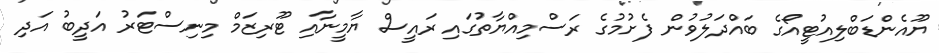
ޔޫއެންޑަބްލިއުޓީއޯގެ ބައްދަލުވުން ފެށުމުގެ ރަސްމިއްޔާތުގައި ރައީސް ޔާމީނާއި ޓޫރިޒަމް މިނިސްޓަރު އަދީބު އަދި